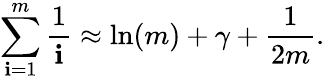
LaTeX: \sum_{\mathbf{i}=1}^{m}{\frac{{1}}{{\mathbf{i}}}}\approx\ln(m)+\gamma+{\frac{{1}}{{2m}}}.